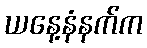
ယနေ့နံနက်က